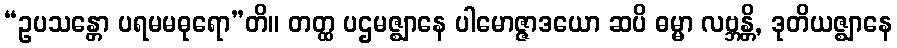
“ဥပသန္တော ပရမမဓုရော”တိ။ တတ္ထ ပဌမဇ္ဈာနေ ပါမောဇ္ဇာဒယော ဆပိ ဓမ္မာ လဗ္ဘန္တိ, ဒုတိယဇ္ဈာနေ